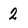
Character: 2